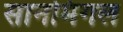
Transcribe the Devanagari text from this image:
सानमिगल